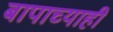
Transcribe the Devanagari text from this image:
बापाच्याही